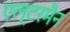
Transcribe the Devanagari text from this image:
एल्टरमैन